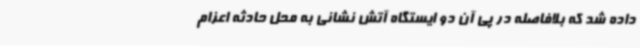
داده شد که بلافاصله در پی آن دو ایستگاه آتش نشانی به محل حادثه اعزام